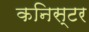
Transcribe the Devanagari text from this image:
कनिस्टर